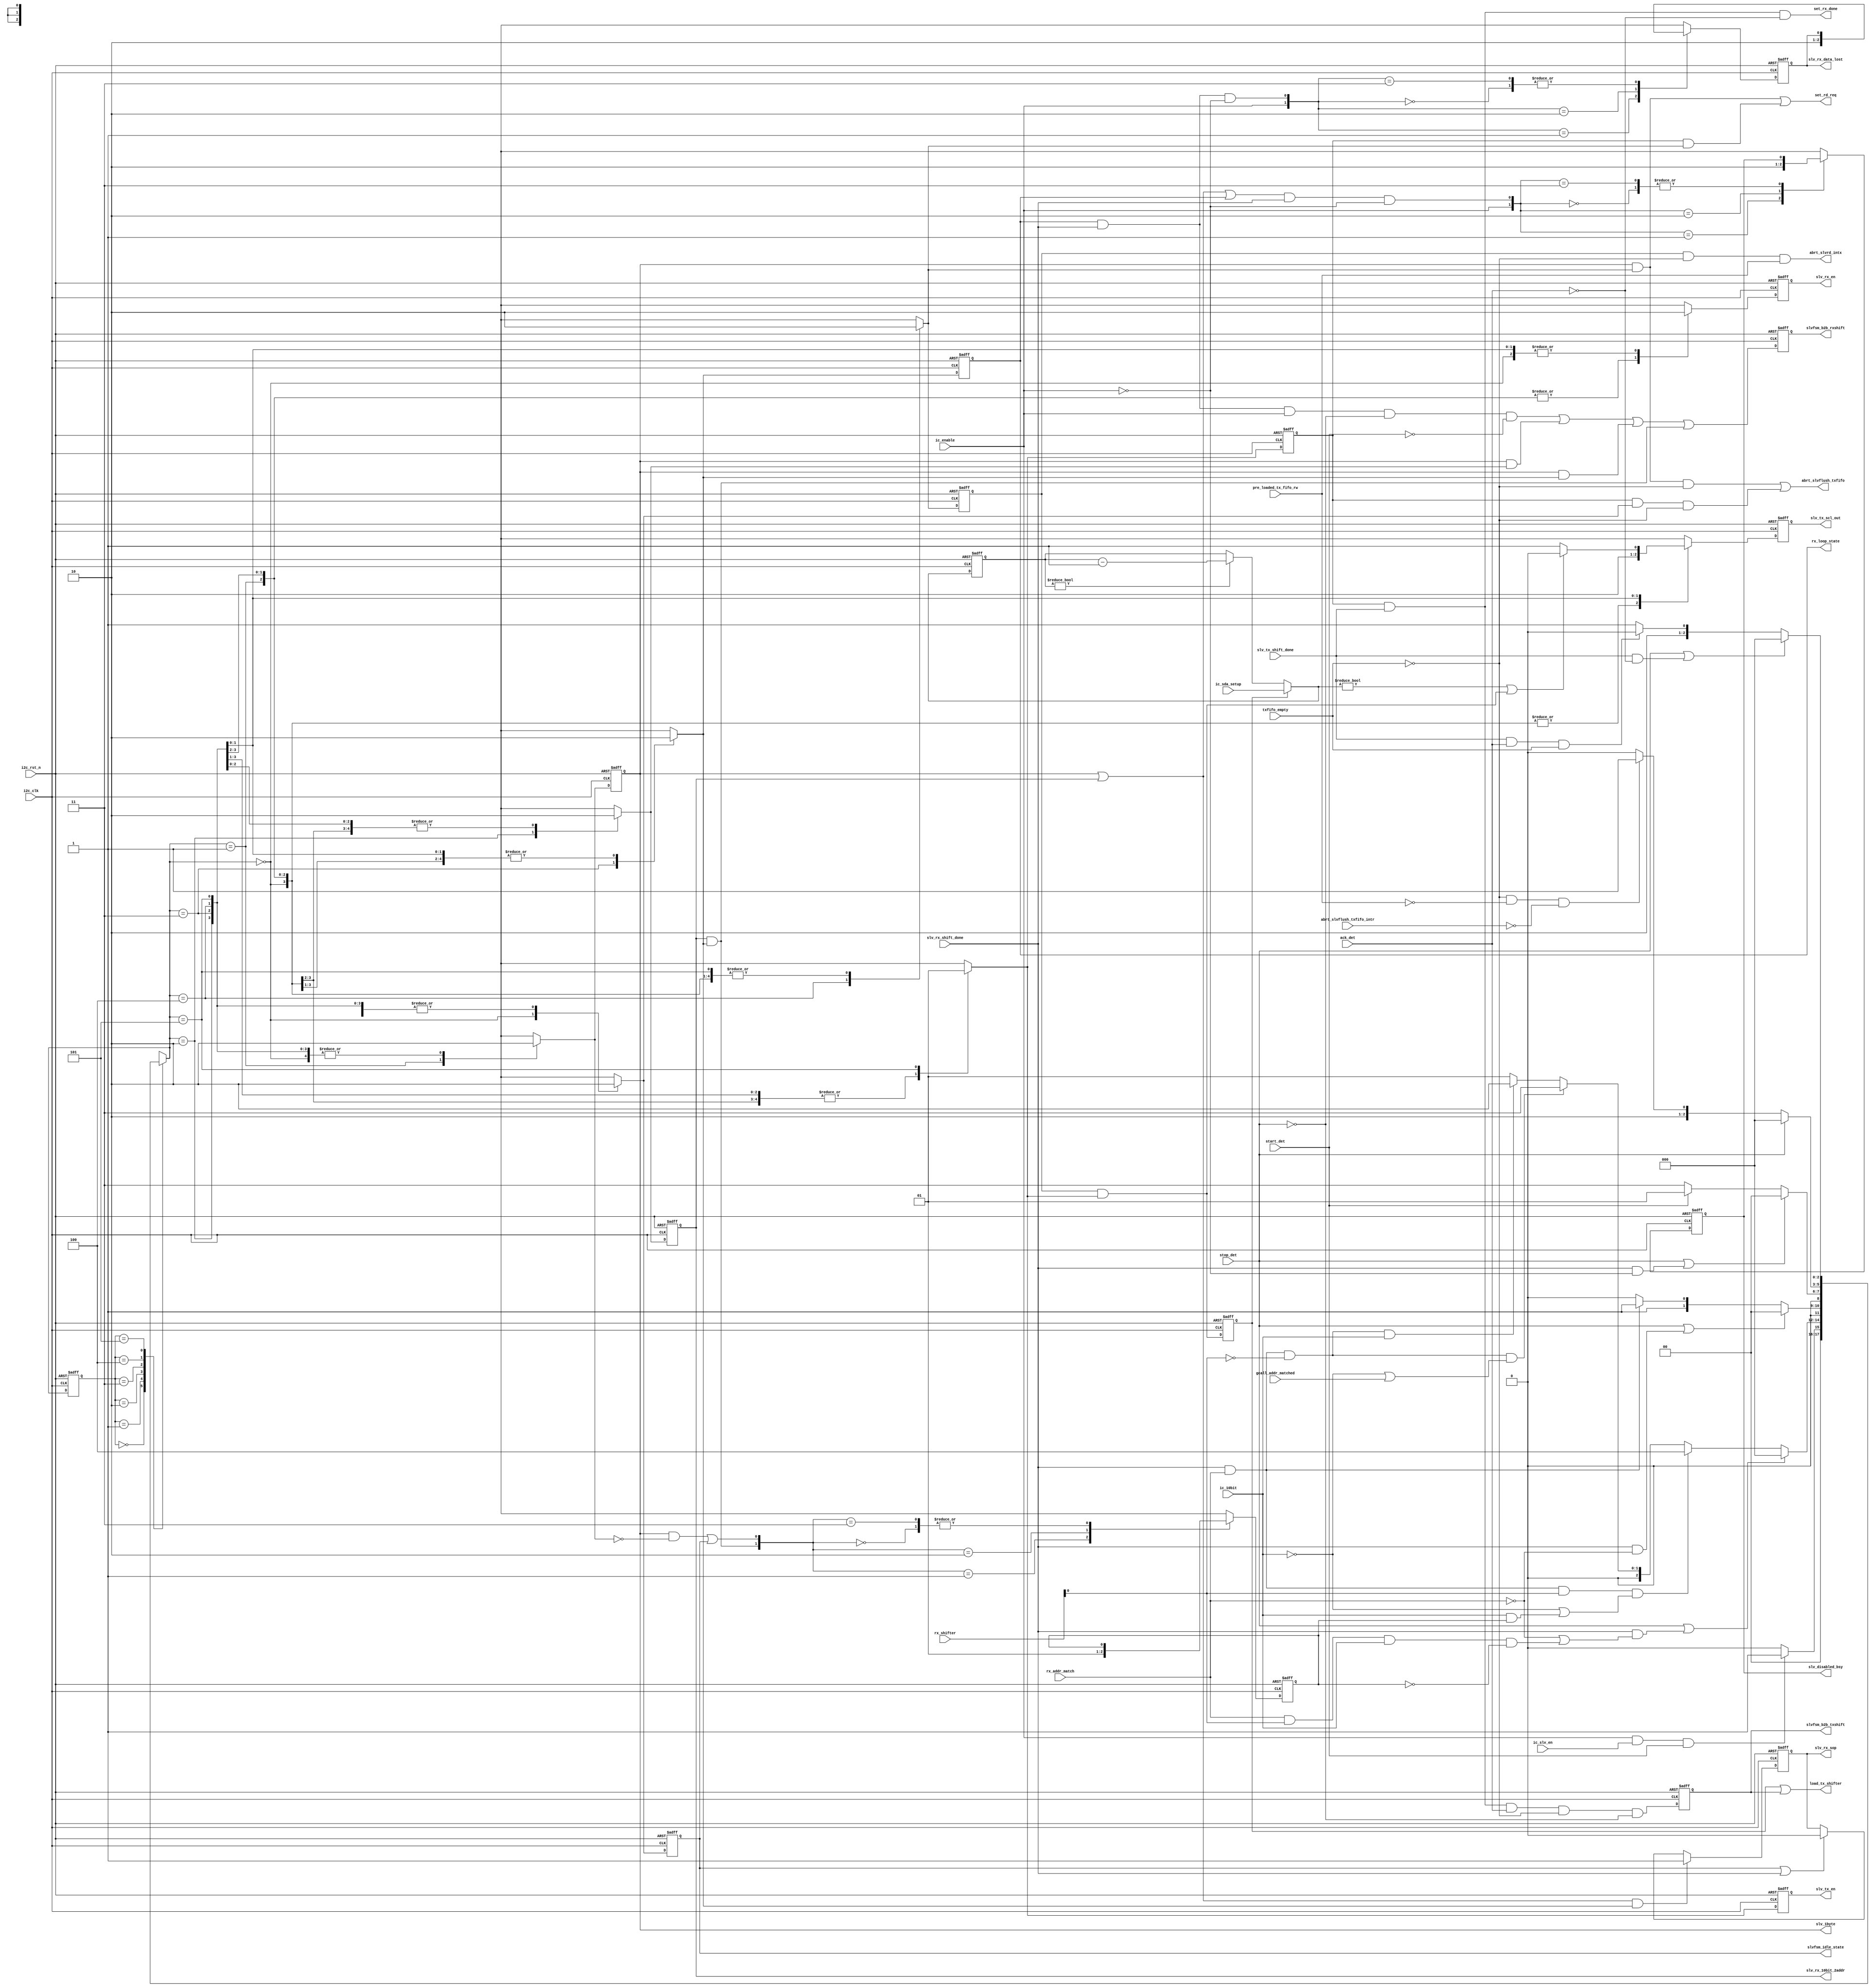
// (C) 2001-2018 Intel Corporation. All rights reserved.
// Your use of Intel Corporation's design tools, logic functions and other 
// software and tools, and its AMPP partner logic functions, and any output 
// files from any of the foregoing (including device programming or simulation 
// files), and any associated documentation or information are expressly subject 
// to the terms and conditions of the Intel Program License Subscription 
// Agreement, Intel FPGA IP License Agreement, or other applicable 
// license agreement, including, without limitation, that your use is for the 
// sole purpose of programming logic devices manufactured by Intel and sold by 
// Intel or its authorized distributors.  Please refer to the applicable 
// agreement for further details.


`timescale 1 ps / 1 ps
module altr_i2c_slvfsm (
    input           i2c_clk,
    input           i2c_rst_n,
    input           ic_slv_en,
    input	    ic_enable,
    input	    start_det,
    input	    stop_det,
    input	    ack_det,
    input	    ic_10bit,
    input  [7:0]    rx_shifter,
    input	    slv_tx_shift_done,
    input	    slv_rx_shift_done,
    input	    txfifo_empty,
    input	    rx_addr_match,
    input [7:0]     ic_sda_setup,
    input	    pre_loaded_tx_fifo_rw,		// this bit is referring to 'pre loaded data_cmd[8] / tx_fifo_data[8] at top level' 
    input           gcall_addr_matched,
    input           abrt_slvflush_txfifo_intr,

    output reg	    slv_1byte,			// to rx shifter
    output reg	    slv_rx_10bit_2addr,		// to rx shifter
    output reg	    slv_rx_en,
    output reg	    slv_tx_en,
    output reg      slvfsm_b2b_txshift,
    output reg      slvfsm_b2b_rxshift,
    output          slvfsm_idle_state,
    output	    load_tx_shifter,
    output	    set_rd_req,
    output	    abrt_slvflush_txfifo,
    output	    abrt_slvrd_intx,
    output reg	    slv_tx_scl_out,
    output reg      rx_loop_state,
    output          set_rx_done,
    output reg      slv_rx_data_lost,
    output reg      slv_disabled_bsy,
    output reg      slv_rx_sop


);

reg [2:0]   slv_fsm_state;
reg [2:0]   slv_fsm_state_nxt;
reg	    slv_idle_state;
reg         slv_idle_state_nxt;
reg	    slv_1byte_nxt;
reg	    slv_rx_10bit_2addr_nxt;
reg	    wait_data_state_nxt;
reg	    wait_data_state;
reg         rx_loop_state_nxt;
reg	    tx_loop_state;
reg	    tx_loop_state_nxt;
reg         slv_tx_scl_out_nxt;
reg	    slv_tx_en_nxt;
reg	    slv_rx_en_nxt;
reg [7:0]   sda_setup_cnt;
reg [7:0]   sda_setup_cnt_nxt;
reg         read_10b;
reg         read_10b_nxt;
reg         slv_rx_data_lost_nxt;
reg         slv_disabled_bsy_nxt;
reg         arc_wait_data_tx_loop_flp;
reg         slv_rx_sop_nxt;

wire        set_slv_rx_data_lost;
wire        set_slv_disabled_bsy;
wire        set_addressed_10b;
wire        clear_addressed_10b;
wire	    arc_wait_data_tx_loop;
wire	    sda_setup_scl_out;
wire        slvfsm_b2b_txshift_pre_flp;
wire        slvfsm_b2b_rxshift_pre_flp;
wire        set_slv_rx_sop;
wire        clear_slv_rx_sop;


parameter [2:0]		IDLE		= 3'b000;
parameter [2:0]		RX_1BYTE	= 3'b001;
parameter [2:0]		RX_10BIT_2_ADDR = 3'b010;
parameter [2:0]		RX_LOOP		= 3'b011;
parameter [2:0]		WAIT_DATA	= 3'b100;
parameter [2:0]		TX_LOOP		= 3'b101;


always @(posedge i2c_clk or negedge i2c_rst_n) begin
    if (!i2c_rst_n)
        slv_fsm_state <= IDLE;
    else
        slv_fsm_state <= slv_fsm_state_nxt;
end


always @* begin
    case (slv_fsm_state)
        IDLE: begin
            if (ic_enable & ic_slv_en & start_det)
                slv_fsm_state_nxt = RX_1BYTE;
            else
                slv_fsm_state_nxt = IDLE;
        end

	RX_1BYTE:  begin
            if (stop_det | (slv_rx_shift_done & (~rx_addr_match | (rx_addr_match & rx_shifter[0] & ic_10bit & ~read_10b))))
                slv_fsm_state_nxt = IDLE;
	    else if (slv_rx_shift_done & rx_addr_match & rx_shifter[0] & (~ic_10bit | (ic_10bit & read_10b)))	//mst read
		slv_fsm_state_nxt = WAIT_DATA;
            else if (slv_rx_shift_done & rx_addr_match & ~rx_shifter[0] & (~ic_10bit | gcall_addr_matched))
                slv_fsm_state_nxt = RX_LOOP;
	    else if (slv_rx_shift_done & rx_addr_match & ~rx_shifter[0] & ic_10bit)  // 1st byte add of 10-bit addressing always write
		slv_fsm_state_nxt = RX_10BIT_2_ADDR;
	    else  
		slv_fsm_state_nxt = RX_1BYTE;
	end

	RX_10BIT_2_ADDR: begin
	    if (stop_det | (slv_rx_shift_done & ~rx_addr_match))
		slv_fsm_state_nxt = IDLE;
	    else if (slv_rx_shift_done & rx_addr_match)
		slv_fsm_state_nxt = RX_LOOP;
	    else
		slv_fsm_state_nxt = RX_10BIT_2_ADDR;
	end

	RX_LOOP: begin
	    if (stop_det | (slv_rx_shift_done & ~ic_enable))
		slv_fsm_state_nxt = IDLE;
	    else if (start_det)
		slv_fsm_state_nxt = RX_1BYTE;
	    else
		slv_fsm_state_nxt = RX_LOOP;
	end

        WAIT_DATA: begin
	    if (stop_det)
		slv_fsm_state_nxt = IDLE;
	    else if (~txfifo_empty & ~pre_loaded_tx_fifo_rw & ~abrt_slvflush_txfifo_intr)
		slv_fsm_state_nxt = TX_LOOP;
	    else
		slv_fsm_state_nxt = WAIT_DATA;
	end

	TX_LOOP: begin
	     if (stop_det | (slv_tx_shift_done & ~ack_det))
		slv_fsm_state_nxt = IDLE;
	     else if (slv_tx_shift_done & ack_det & txfifo_empty)
		slv_fsm_state_nxt = WAIT_DATA;
	     else
		slv_fsm_state_nxt = TX_LOOP;
	end	

        default: begin
            slv_fsm_state_nxt = 3'bxxx;
        end

    endcase
end
 

always @(posedge i2c_clk or negedge i2c_rst_n) begin
    if (!i2c_rst_n) begin
        slv_tx_en                   <= 1'b0;
        slv_rx_en                   <= 1'b0;
	slv_idle_state		    <= 1'b1;
	slv_1byte		    <= 1'b0;
	slv_rx_10bit_2addr	    <= 1'b0;
	wait_data_state		    <= 1'b0;
	rx_loop_state		    <= 1'b0;
	tx_loop_state		    <= 1'b0;
	slv_tx_scl_out    <= 1'b1;

    end
    else begin
	slv_tx_en		    <= slv_tx_en_nxt;
        slv_rx_en		    <= slv_rx_en_nxt;
	slv_idle_state		    <= slv_idle_state_nxt;
	slv_1byte		    <= slv_1byte_nxt;
	slv_rx_10bit_2addr	    <= slv_rx_10bit_2addr_nxt;
	wait_data_state		    <= wait_data_state_nxt;
	rx_loop_state		    <= rx_loop_state_nxt;
	tx_loop_state		    <= tx_loop_state_nxt;
	slv_tx_scl_out              <= slv_tx_scl_out_nxt;
    end
end


always @* begin
    slv_tx_en_nxt                = 1'b0;
    slv_rx_en_nxt		 = 1'b0;
    slv_idle_state_nxt		 = 1'b0;
    slv_1byte_nxt		 = 1'b0;
    slv_rx_10bit_2addr_nxt	 = 1'b0;
    wait_data_state_nxt		 = 1'b0;
    rx_loop_state_nxt		 = 1'b0;
    tx_loop_state_nxt		 = 1'b0;
    slv_tx_scl_out_nxt           = 1'b1;

    case (slv_fsm_state_nxt)
	IDLE: begin
	    slv_idle_state_nxt = 1'b1;
	end

	RX_1BYTE: begin
	    slv_rx_en_nxt	= 1'b1;
	    slv_1byte_nxt	= 1'b1;
	end 

	RX_10BIT_2_ADDR: begin
	    slv_rx_en_nxt	    = 1'b1;
	    slv_rx_10bit_2addr_nxt  = 1'b1;
	end

	RX_LOOP: begin
	    rx_loop_state_nxt	= 1'b1;
	    slv_rx_en_nxt	= 1'b1;
	end

	WAIT_DATA: begin
	    wait_data_state_nxt	= 1'b1;
	    slv_tx_scl_out_nxt  = 1'b0;	// to hold SCL low
	end

	TX_LOOP: begin
	    tx_loop_state_nxt	= 1'b1;
	    slv_tx_en_nxt	= 1'b1;
	    slv_tx_scl_out_nxt  = sda_setup_scl_out;
	end	    

        default: begin
	    slv_tx_en_nxt  		 = 1'bx;
	    slv_rx_en_nxt  		 = 1'bx;
	    slv_idle_state_nxt		 = 1'bx;
	    slv_1byte_nxt		 = 1'bx;
	    slv_rx_10bit_2addr_nxt	 = 1'bx;
	    wait_data_state_nxt		 = 1'bx;
	    rx_loop_state_nxt		 = 1'bx;
            tx_loop_state_nxt		 = 1'bx;
	    slv_tx_scl_out_nxt           = 1'bx;
	end

    endcase
end


assign set_rd_req = (slv_1byte & wait_data_state_nxt) | (tx_loop_state & wait_data_state_nxt);	// to interrupt block ic_raw_intr_stat_rd_req  
assign abrt_slvflush_txfifo = (slv_1byte & wait_data_state_nxt & ~txfifo_empty) | (tx_loop_state & slv_idle_state_nxt & ~txfifo_empty);	// to interrupt block ic_raw_intr_stat_tx_abrt and ic_tx_abrt_source_abrt_slvflush_txfifo
assign abrt_slvrd_intx	= wait_data_state & ~txfifo_empty & pre_loaded_tx_fifo_rw;


assign arc_wait_data_tx_loop        = wait_data_state & tx_loop_state_nxt;
assign load_tx_shifter              = arc_wait_data_tx_loop_flp | slvfsm_b2b_txshift;
assign slvfsm_b2b_txshift_pre_flp   = tx_loop_state & slv_tx_shift_done & ack_det & ~txfifo_empty & ~stop_det;
assign slvfsm_b2b_rxshift_pre_flp   = (rx_loop_state & slv_rx_shift_done & ic_enable & ~stop_det & ~start_det) | 
                                        (slv_1byte & slv_rx_10bit_2addr_nxt) |
                                        (slv_1byte & rx_loop_state_nxt) |
                                        (slv_rx_10bit_2addr & rx_loop_state_nxt);

assign slvfsm_idle_state        = slv_idle_state;
assign set_rx_done              = tx_loop_state & slv_tx_shift_done & ~ack_det; 


assign set_addressed_10b    = slv_rx_10bit_2addr & rx_loop_state_nxt;
assign clear_addressed_10b  = (slv_1byte & ~slv_1byte_nxt) | slv_idle_state;

// Register arc_wait_data_tx_loop to improve timing
always @(posedge i2c_clk or negedge i2c_rst_n) begin
    if (!i2c_rst_n)
        arc_wait_data_tx_loop_flp    <= 1'b0;
    else
        arc_wait_data_tx_loop_flp    <= arc_wait_data_tx_loop;
end

// This control bit is used to remember whether both 10bit address phases (1st and 2nd address) are matching with SAR 
always @(posedge i2c_clk or negedge i2c_rst_n) begin
    if (!i2c_rst_n)
        read_10b    <= 1'b0;
    else
        read_10b    <= read_10b_nxt;
end

always @* begin
    case ({set_addressed_10b, clear_addressed_10b})
        2'b00: read_10b_nxt = read_10b;
        2'b01: read_10b_nxt = 1'b0;
        2'b10: read_10b_nxt = 1'b1;
        2'b11: read_10b_nxt = read_10b;
        default: read_10b_nxt = 1'bx;
    endcase
end

// sda_setup counter
assign sda_setup_scl_out  = ((sda_setup_cnt_nxt != 8'h0) | arc_wait_data_tx_loop) ? 1'b0 : 1'b1;

always @(posedge i2c_clk or negedge i2c_rst_n) begin
    if (!i2c_rst_n)
        sda_setup_cnt <= 8'h0;
    else
        sda_setup_cnt <= sda_setup_cnt_nxt;
end

always @* begin
    if (arc_wait_data_tx_loop_flp)
        sda_setup_cnt_nxt = ic_sda_setup;
    else if (sda_setup_cnt != 8'h0)
        sda_setup_cnt_nxt = sda_setup_cnt - 8'h1;
    else
        sda_setup_cnt_nxt = sda_setup_cnt;
end



// Slave Receive Data Lost status
assign set_slv_rx_data_lost = rx_loop_state & slv_rx_shift_done & ~ic_enable;

always @(posedge i2c_clk or negedge i2c_rst_n) begin
    if (!i2c_rst_n)
        slv_rx_data_lost    <= 1'b0;
    else
        slv_rx_data_lost    <= slv_rx_data_lost_nxt;
end

always @* begin
    case ({ic_enable, set_slv_rx_data_lost})
        2'b00: slv_rx_data_lost_nxt = slv_rx_data_lost;
        2'b01: slv_rx_data_lost_nxt = 1'b1;
        2'b10: slv_rx_data_lost_nxt = 1'b0;
        2'b11: slv_rx_data_lost_nxt = slv_rx_data_lost;
        default: slv_rx_data_lost_nxt = 1'bx;
    endcase
end

// Slave Disabled While Busy status
assign set_slv_disabled_bsy =   (slv_1byte | slv_rx_10bit_2addr | rx_loop_state) & slv_rx_shift_done & ~ic_enable;

always @(posedge i2c_clk or negedge i2c_rst_n) begin
    if (!i2c_rst_n)
        slv_disabled_bsy    <= 1'b0;
    else
        slv_disabled_bsy    <= slv_disabled_bsy_nxt;
end

always @* begin
    case ({ic_enable, set_slv_disabled_bsy})
        2'b00: slv_disabled_bsy_nxt = slv_disabled_bsy;
        2'b01: slv_disabled_bsy_nxt = 1'b1;
        2'b10: slv_disabled_bsy_nxt = 1'b0;
        2'b11: slv_disabled_bsy_nxt = slv_disabled_bsy;
        default: slv_disabled_bsy_nxt = 1'bx;
    endcase
end

always @(posedge i2c_clk or negedge i2c_rst_n) begin
    if (!i2c_rst_n) begin
        slvfsm_b2b_txshift <= 1'b0;
        slvfsm_b2b_rxshift <= 1'b0;
    end
    else begin
        slvfsm_b2b_txshift <= slvfsm_b2b_txshift_pre_flp;
        slvfsm_b2b_rxshift <= slvfsm_b2b_rxshift_pre_flp;
    end
end

// Slave receiver start of packet indication
assign set_slv_rx_sop   = (slv_1byte | slv_rx_10bit_2addr) & rx_loop_state_nxt; 
assign clear_slv_rx_sop = slv_idle_state | slv_rx_shift_done; 

always @(posedge i2c_clk or negedge i2c_rst_n) begin
    if (!i2c_rst_n)
        slv_rx_sop  <= 1'b0;
    else
        slv_rx_sop  <= slv_rx_sop_nxt;
end

always @* begin
    if (set_slv_rx_sop)
        slv_rx_sop_nxt = 1'b1;
    else if (clear_slv_rx_sop)
        slv_rx_sop_nxt = 1'b0;
    else
        slv_rx_sop_nxt = slv_rx_sop;
end

endmodule